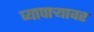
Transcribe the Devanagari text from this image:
व्यापाऱ्यावर